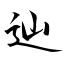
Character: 辿